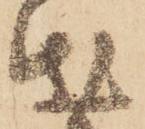
出